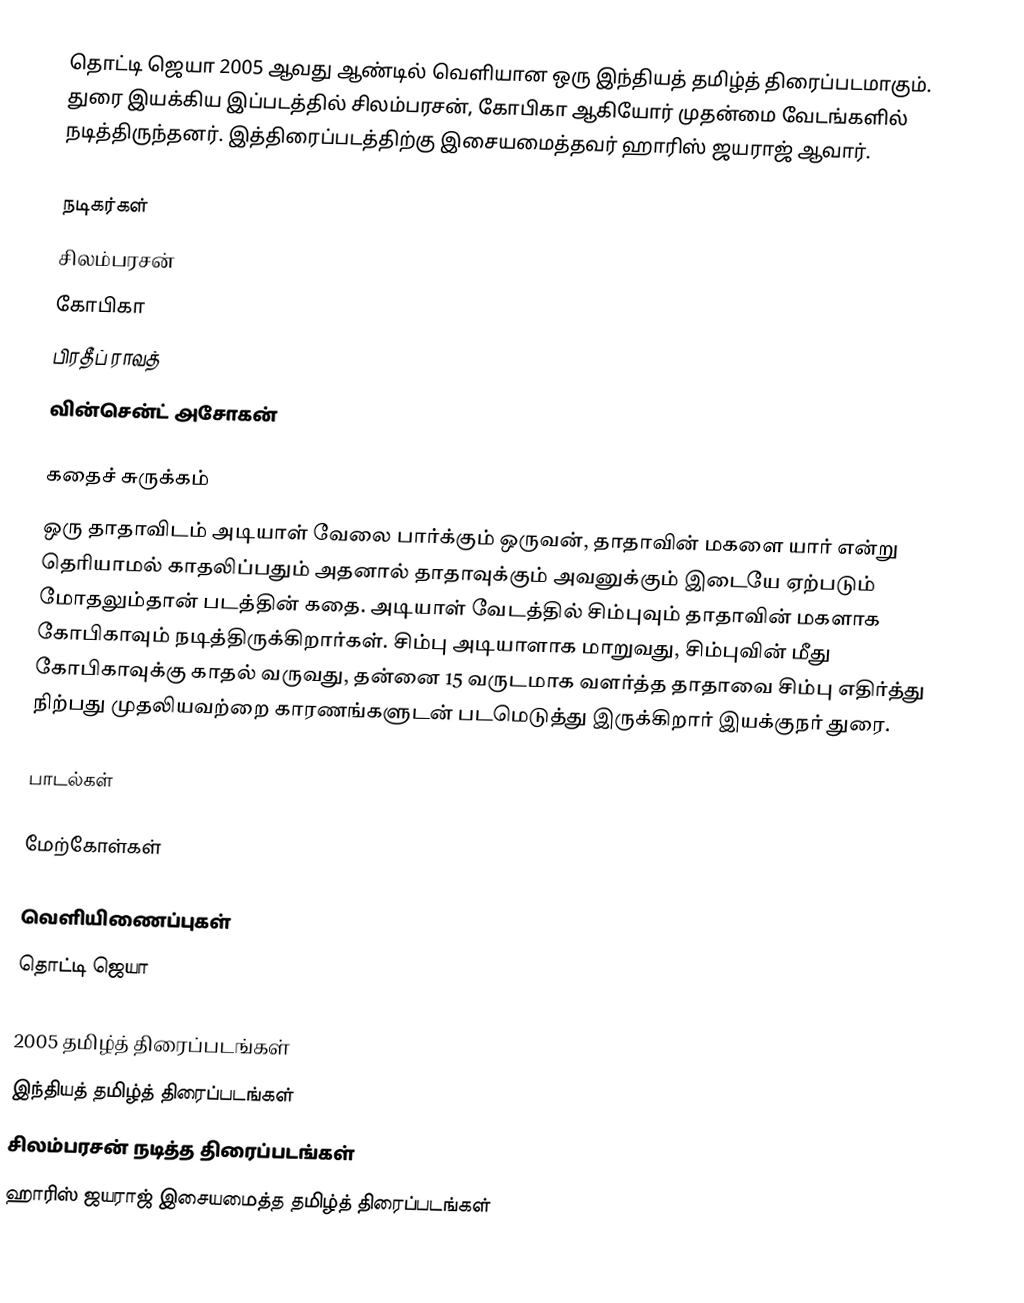
தொட்டி ஜெயா 2005 ஆவது ஆண்டில் வெளியான ஒரு இந்தியத் தமிழ்த் திரைப்படமாகும். துரை இயக்கிய இப்படத்தில் சிலம்பரசன், கோபிகா ஆகியோர் முதன்மை வேடங்களில் நடித்திருந்தனர். இத்திரைப்படத்திற்கு இசையமைத்தவர் ஹாரிஸ் ஜயராஜ் ஆவார்.

நடிகர்கள்
 சிலம்பரசன்
 கோபிகா
 பிரதீப் ராவத்
 வின்சென்ட் அசோகன்

கதைச் சுருக்கம்
ஒரு தாதாவிடம் அடியாள் வேலை பார்க்கும் ஒருவன், தாதாவின் மகளை யார் என்று தெரியாமல் காதலிப்பதும் அதனால் தாதாவுக்கும் அவனுக்கும் இடையே ஏற்படும் மோதலும்தான் படத்தின் கதை. அடியாள் வேடத்தில் சிம்புவும் தாதாவின் மகளாக கோபிகாவும் நடித்திருக்கிறார்கள். சிம்பு அடியாளாக மாறுவது, சிம்புவின் மீது கோபிகாவுக்கு காதல் வருவது, தன்னை 15 வருடமாக வளர்த்த தாதாவை சிம்பு எதிர்த்து நிற்பது முதலியவற்றை காரணங்களுடன் படமெடுத்து இருக்கிறார் இயக்குநர் துரை.

பாடல்கள்

மேற்கோள்கள்

வெளியிணைப்புகள்
தொட்டி ஜெயா

2005 தமிழ்த் திரைப்படங்கள்
இந்தியத் தமிழ்த் திரைப்படங்கள்
சிலம்பரசன் நடித்த திரைப்படங்கள்
ஹாரிஸ் ஜயராஜ் இசையமைத்த தமிழ்த் திரைப்படங்கள்